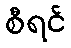
စီရင်